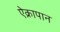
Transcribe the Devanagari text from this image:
ऐक्रापान